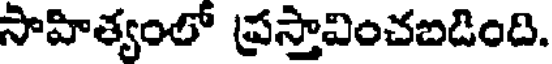
సాహిత్యంలో ప్రస్తావించబడింది.